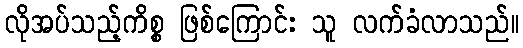
လိုအပ်သည့်ကိစ္စ ဖြစ်ကြောင်း သူ လက်ခံလာသည်။